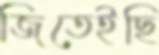
জিতেইছি